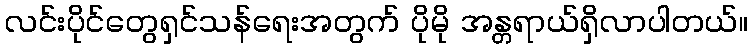
လင်းပိုင်တွေရှင်သန်ရေးအတွက် ပိုမို အန္တရာယ်ရှိလာပါတယ်။